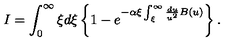
I = \int _ { 0 } ^ { \infty } \xi d \xi \left\{ 1 - e ^ { - \alpha \xi \int _ { \xi } ^ { \infty } \frac { d u } { u ^ { 2 } } B ( u ) } \right\} .